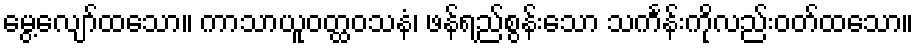
မွေ့လျော်ထသော။ ကာသာယူဝတ္ထဝသနံ၊ ဖန်ရည်စွန်းသော သင်္ကန်းကိုလည်းဝတ်ထသော။